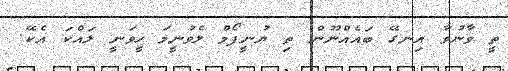
ތީ ވާނުވާ އިނގޭ ބައެއްނޫން ތި ޔުނީފޯމް ލެވުނީމަ ހީވަނީ ލައްކަ އެކޭ.